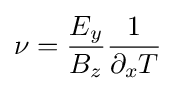
\nu ={\frac {E_{y}}{B_{z}}}{\frac {1}{\partial _{x}T}}